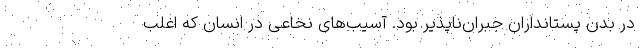
در بدن پستانداران جبران‌ناپذیر بود. آسیب‌های نخاعی در انسان که اغلب